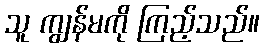
သူ ကျွန်မကို ကြည့်သည်။